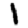
Digit: 1